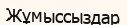
Жұмыссыздар